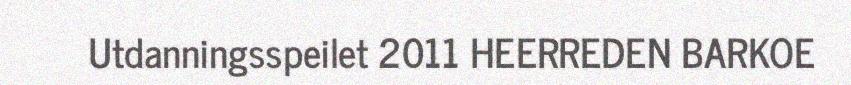
Utdanningsspeilet 2011 HEERREDEN BARKOE